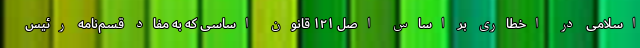
اسلامی در اخطاری بر اساس اصل ۱۲۱ قانون اساسی که به مفاد قسم‌نامه رئیس